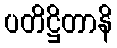
ပတိဋ္ဌိတာနိ